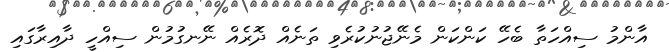
އާންމު ސިއްހަތާ ބެހޭ ކަންކަން މެނޭޖުނުކުރެވި ތަނެއް ދޮރެއް ނޭނގުމުން ސިއްހީ ދާއިރާގައި